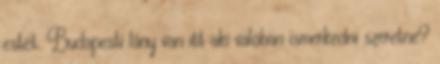
estét. Budapesti lány van itt aki valóban ismerkedni szeretne?